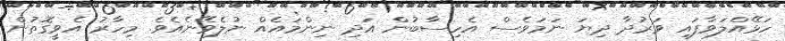
ހަޅޭއްލަވާފައި ވަރުދާ ދިޔަ ނަމަވެސް އެހިސާބުން އަދި ނިންމައެއް ނުލެވޭނެއެވެ. މިހާރު އެވީގޮތުން